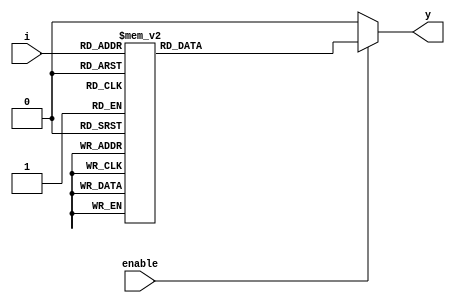
module circuit_using_case_21BCE3546 (y,i,enable);
 input [3:0] i  ;
 		input enable;  
  		output y ;
  		reg y ;
 		  always @ (i)
  		    begin
   				       y = 0;
      	                       if (enable) 
                       	            begin
       			case (i)
        				4'h0 : y = 0;    //sample reg.no. is 21BCE3546
        				4'h1 : y = 1;
     				4'h2 : y = 1;
     				4'h3 : y = 1;
  			              4'h4 : y = 1;
  				4'h5 : y = 1;
 				4'h6 : y = 1;
  			               4'h7 : y = 0;
                                                        4'h8 : y = 0;
                                                        4'h9 : y = 0;
                                                        4'hA : y= 0;
                                                        4'hB : y = 1 ;
                                                        4'hC : y = 1 ;
                                                        4'hD : y = 0;
                                                        4'hE : y = 1 ;
                                                        4'hF : y = 0;
   		               endcase
                                    end
                            end
                 endmodule